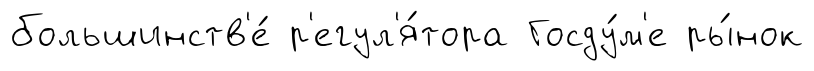
большинств'е́ р'егул'я́тора Госду́м'е ры́нок